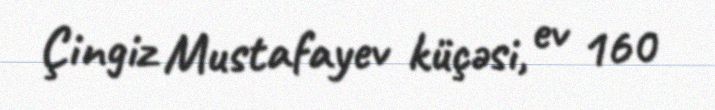
Çingiz Mustafayev küçəsi, ev 160